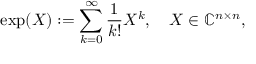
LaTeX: \exp ( X ) : = \sum _ { k = 0 } ^ { \infty } { \frac { 1 } { k ! } } X ^ { k } , \quad X \in \mathbb { C } ^ { n \times n } ,